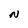
Character: N